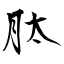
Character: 肽